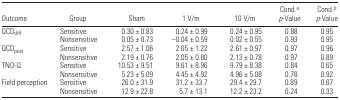
<table><thead><tr><td><b>Outcome</b></td><td><b>Group</b></td><td><b>Sham</b></td><td><b>1 V/m</b></td><td><b>10 V/m</b></td><td><b>Cond.a<i>p</i>-Value</b></td><td><b>Cond.b<i>p</i>-Value</b></td></tr></thead><tbody><tr><td>QCD<sub>diff</sub></td><td>Sensitive</td><td>0.30 ± 0.83</td><td>0.24 ± 0.99</td><td>0.24 ± 0.95</td><td>0.88</td><td>0.95</td></tr><tr><td></td><td>Nonsensitive</td><td>0.05 ± 0.73</td><td>–0.04 ± 0.59</td><td>0.02 ± 0.55</td><td>0.93</td><td>0.95</td></tr><tr><td>QCD<sub>post</sub></td><td>Sensitive</td><td>2.57 ± 1.06</td><td>2.65 ± 1.22</td><td>2.61 ± 0.97</td><td>0.97</td><td>0.96</td></tr><tr><td></td><td>Nonsensitive</td><td>2.19 ± 0.76</td><td>2.05 ± 0.80</td><td>2.13 ± 0.78</td><td>0.97</td><td>0.89</td></tr><tr><td>TNO-Q</td><td>Sensitive</td><td>10.53 ± 9.51</td><td>9.61 ± 8.96</td><td>9.79 ± 8.38</td><td>0.84</td><td>0.65</td></tr><tr><td></td><td>Nonsensitive</td><td>5.23 ± 5.09</td><td>4.45 ± 4.92</td><td>4.96 ± 5.08</td><td>0.78</td><td>0.92</td></tr><tr><td>Field perception</td><td>Sensitive</td><td>26.0 ± 31.9</td><td>31.2 ± 33.7</td><td>29.4 ± 29.7</td><td>0.89</td><td>0.67</td></tr><tr><td></td><td>Nonsensitive</td><td>12.9 ± 22.8</td><td>5.7 ± 13.1</td><td>12.2 ± 23.2</td><td>0.24</td><td>0.33</td></tr></tbody></table>